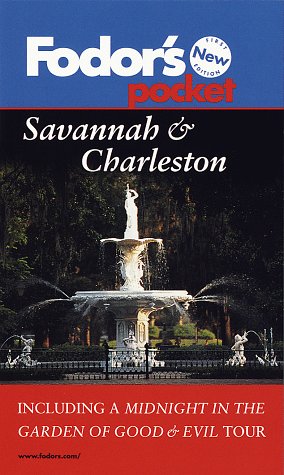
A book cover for Pocket Savannah & Charleston: Including a Midnight in the Garden of Good & Evil Tour; Fodor's; Travel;